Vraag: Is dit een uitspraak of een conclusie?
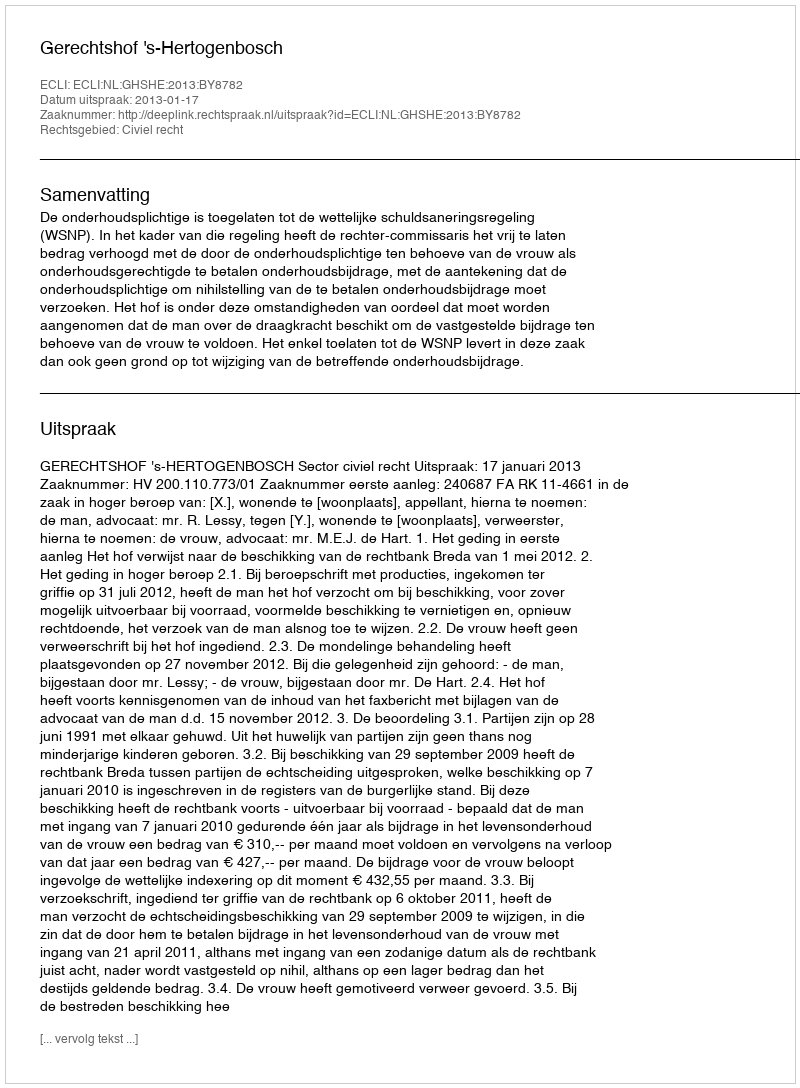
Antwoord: Uitspraak